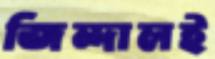
জিন্দালই